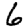
Digit: 6